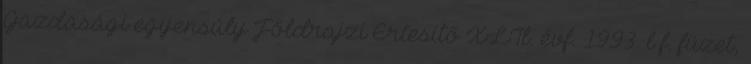
Gazdasági egyensúly Földrajzi Értesítő XLIl. évf. 1993. l^f. füzet,